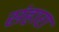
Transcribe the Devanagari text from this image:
संहारा